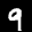
Label: 9